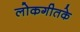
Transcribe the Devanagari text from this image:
लोकगीतके